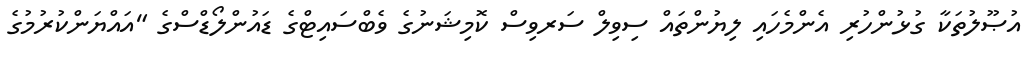
އުޞޫލުތަކާ ގުޅުންހުރި އެންމެހައި ލިޔުންތައް ސިވިލް ސަރވިސް ކޮމިޝަނުގެ ވެބްސައިޓްގެ ޑައުންލޯޑްސްގެ "އައްޔަންކުރުމުގެ